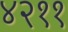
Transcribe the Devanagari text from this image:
४२११